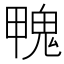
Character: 𩲣